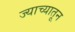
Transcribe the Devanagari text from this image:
ज्याच्यातून